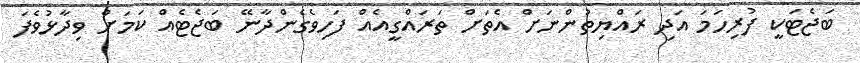
ބަޖެޓަކީ ފުރިހަމަ އަދި ރައްޔިތުންނަށް އެތަށް ތަރައްގީއެއް ފަހިވެގެންދާނޭ ބަޖެޓެއް ކަމަށް ވިދާޅުވެފަ